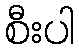
စီးပါ